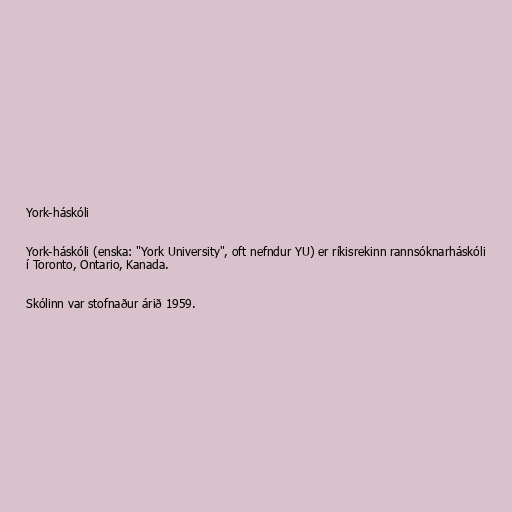
York-háskóli

York-háskóli (enska: "York University", oft nefndur YU) er ríkisrekinn rannsóknarháskóli
í Toronto, Ontario, Kanada.

Skólinn var stofnaður árið 1959.